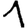
Digit: 1